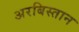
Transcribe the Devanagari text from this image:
अरबिस्तान